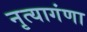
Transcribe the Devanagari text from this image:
नृत्यागंणा